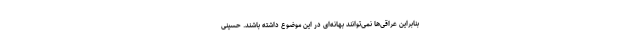
بنابراین عراقی‌ها نمی‌توانند بهانه‌ای در این موضوع داشته باشند. حسینی